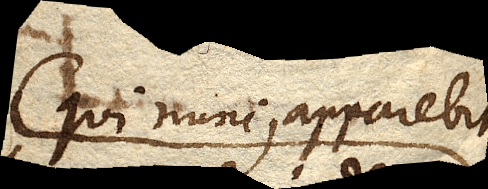
qui nunc, apparebit